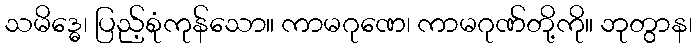
သမိဒ္ဓေ၊ ပြည့်စုံကုန်သော။ ကာမဂုဏေ၊ ကာမဂုဏ်တို့ကို။ ဘုတွာန၊